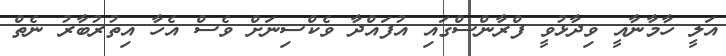
އަލީ ހާމާނާއީ ވިދާޅުވީ ފްރާންސްގައި އުފައްދާ ވެކްސިނަށް ވެސް އެހާ އިތުރުބާރު ނެތް